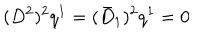
( D ^ { 2 } ) ^ { 2 } q ^ { 1 } = ( \bar { D } _ { 1 } ) ^ { 2 } q ^ { 1 } = 0